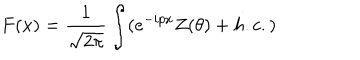
LaTeX: F ( x ) = \frac { 1 } { \sqrt { 2 \pi } } \int ( e ^ { - i p x } Z ( \theta ) + h . c . )